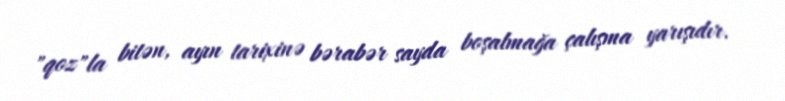
"qoz"la bitən, ayın tarixinə bərabər sayda boşalmağa çalışma yarışıdır.